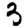
Digit: 3